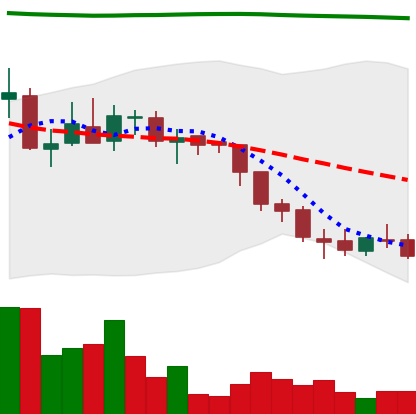
Ticker: ADA-USD
Chart end date: 2018-08-07
Forward return: -9.896%
Label: down_7plus